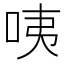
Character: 咦